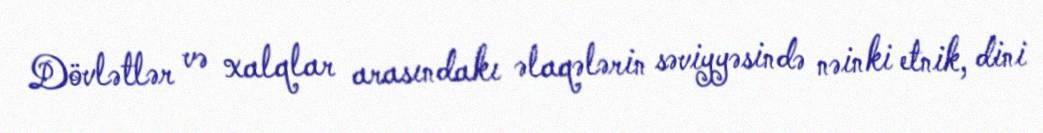
Dövlətlər və xalqlar arasındakı əlaqələrin səviyyəsində nəinki etnik, dini